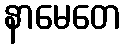
နာမေတေ